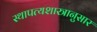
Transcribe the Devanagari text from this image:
स्थापत्यशास्त्रानुसार